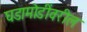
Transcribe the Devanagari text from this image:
घडामोडींवरील